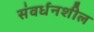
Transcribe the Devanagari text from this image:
संवर्धनशील